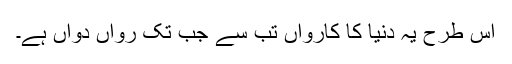
اس طرح یہ دنیا کا کارواں تب سے جب تک رواں دواں ہے۔